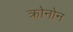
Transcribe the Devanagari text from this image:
क्रोनोन